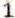
1